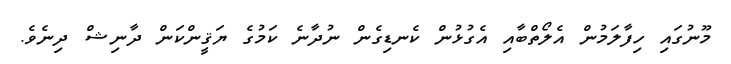
މޫނުގައި ހިފާލަމުން އެލޯތްބާއި އެގުޅުން ކެނޑިގެން ނުދާނެ ކަމުގެ ޔަޤީންކަން ދާނިޝް ދިނެވެ.